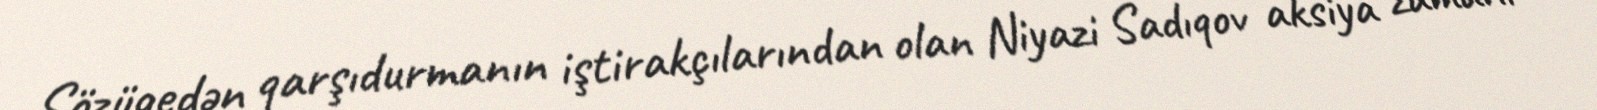
Sözügedən qarşıdurmanın iştirakçılarından olan Niyazi Sadıqov aksiya zamanı